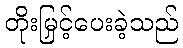
တိုးမြှင့်ပေးခဲ့သည်